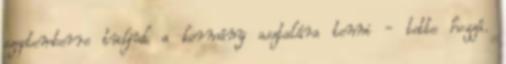
szeptemberre tudjuk a kormány asztalára tenni - tette hozzá.